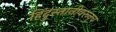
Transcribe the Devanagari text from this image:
हिंदुस्तानीवरूनच